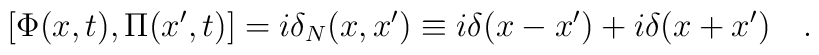
[\Phi (x,t),\Pi (x^{\prime },t)]=i\delta _{N}(x,x^{\prime })\equiv i\delta (x-x^{\prime })+i\delta (x+x^{\prime })\quad .